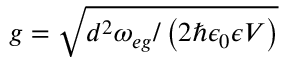
g = \sqrt { d ^ { 2 } \omega _ { e g } / \left( 2 \hbar \epsilon _ { 0 } \epsilon V \right) }